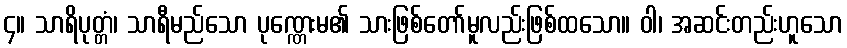
၄။ သာရိပုတ္တံ၊ သာရီမည်သော ပုဏ္ဏေးမ၏ သားဖြစ်တော်မူလည်းဖြစ်ထသော။ ဝါ၊ အဆင်းတည်းဟူသော